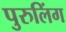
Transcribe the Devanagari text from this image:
पुरुलिंग